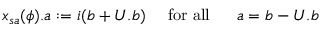
x _ { s a } ( \phi ) . a : = i ( b + U . b ) \mathrm { \quad ~ f o r ~ a l l ~ \quad ~ } a = b - U . b